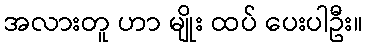
အလားတူ ဟာ မျိုး ထပ် ပေးပါဦး။